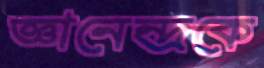
জ্ঞানেন্দ্রকে